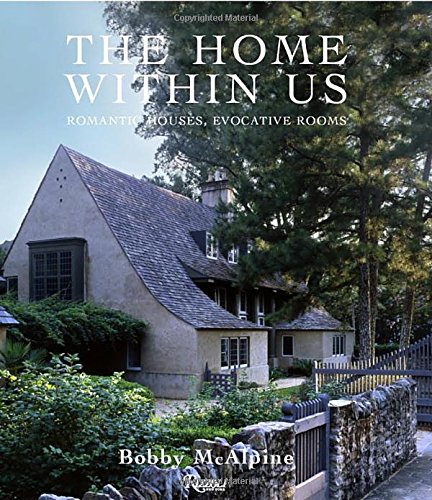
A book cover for The Home Within Us: Romantic Houses, Evocative Rooms; Bobby McAlpine; Crafts, Hobbies & Home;